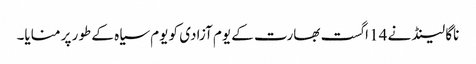
ناگا لینڈ نے 14 اگست بھارت کے یوم آزادی کو یوم سیاہ کے طور پر منایا۔